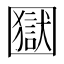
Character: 𡈭